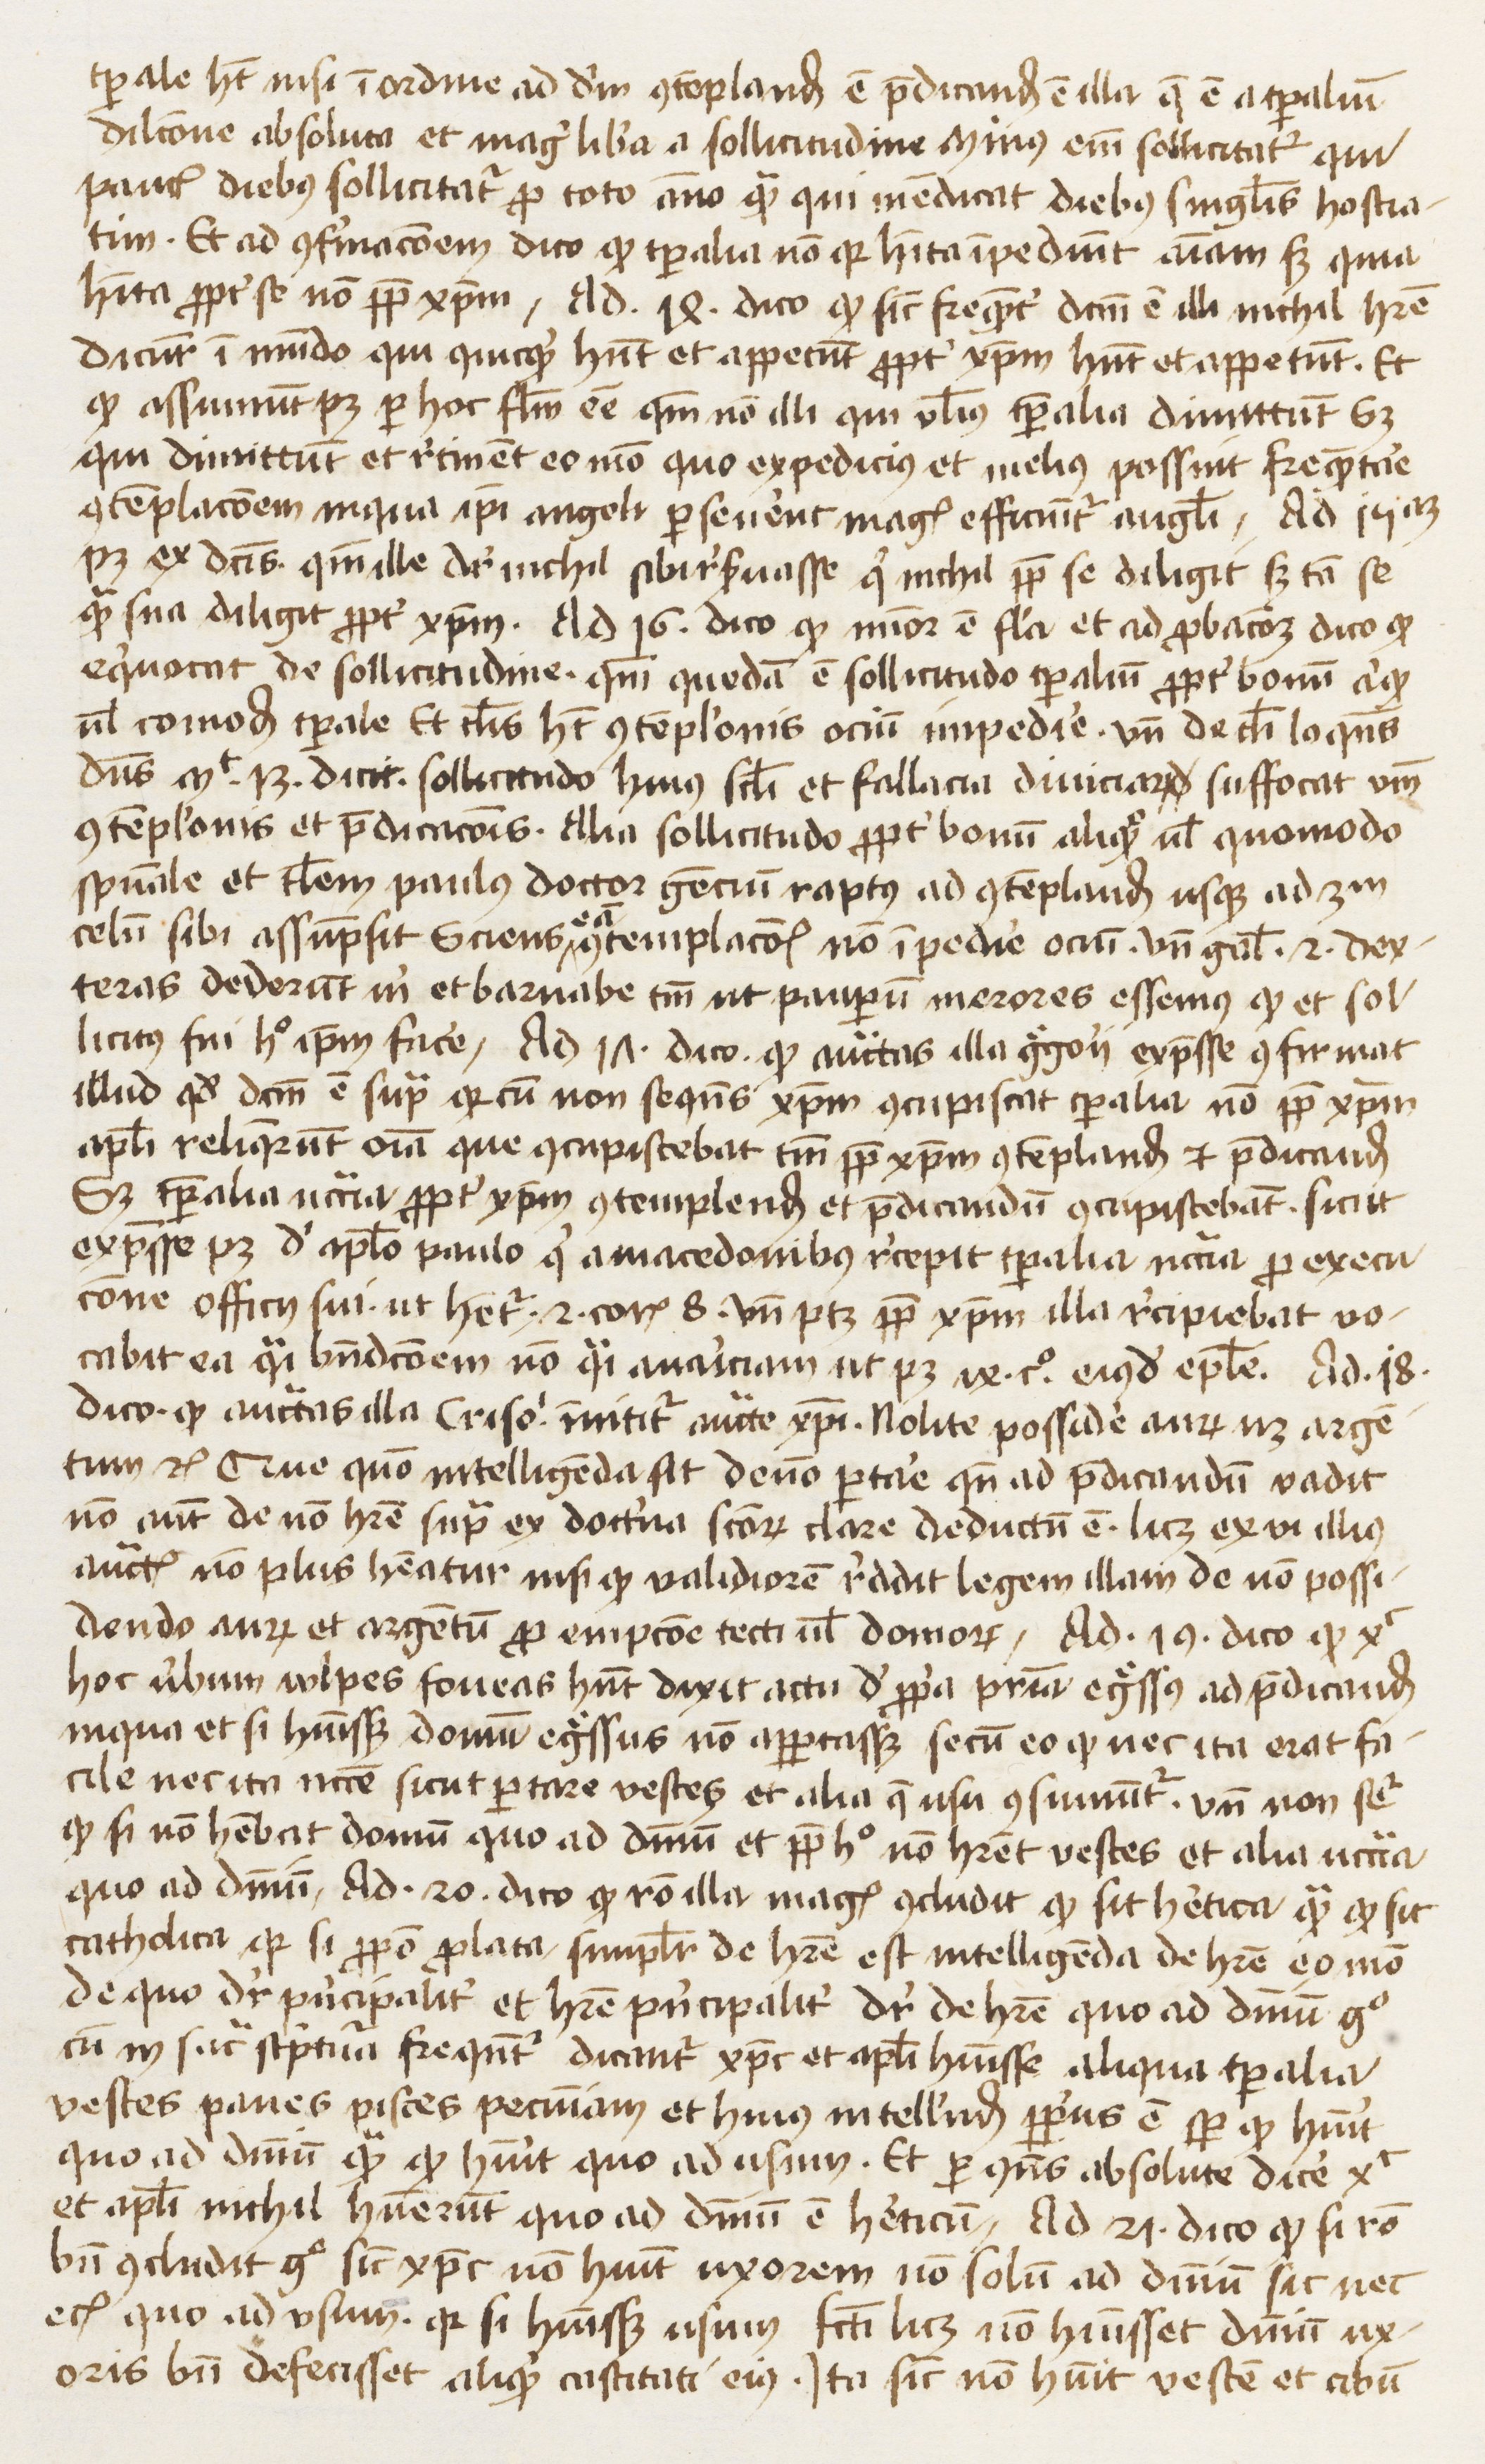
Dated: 1445–1474